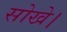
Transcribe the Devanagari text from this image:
सोखे।